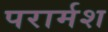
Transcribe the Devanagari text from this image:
परार्मश